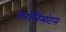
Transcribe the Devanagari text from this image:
कालिमंटन